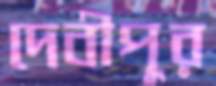
দেবীপুর